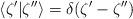
LaTeX: \begin{align*}\langle \zeta' | \zeta''\rangle=\delta(\zeta'-\zeta'')\end{align*}